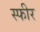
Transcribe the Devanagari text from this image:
स्फीर